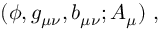
( \phi , g _ { \mu \nu } , b _ { \mu \nu } ; { \cal A } _ { \mu } ) \ ,